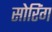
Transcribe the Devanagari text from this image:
सोरिंग